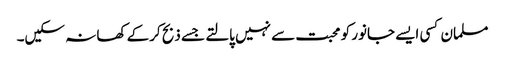
مسلمان کسی ایسے جانور کو محبت سے نہیں پالتے جسے ذبح کرکے کھا نہ سکیں۔